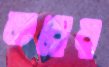
তরের